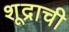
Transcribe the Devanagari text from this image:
शूद्राची